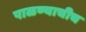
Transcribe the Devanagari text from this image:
पाळण्याचीच